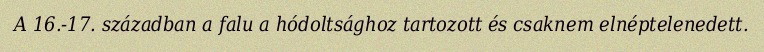
A 16.-17. században a falu a hódoltsághoz tartozott és csaknem elnéptelenedett.